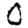
Digit: 0